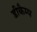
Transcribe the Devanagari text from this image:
डीकैम्प